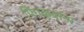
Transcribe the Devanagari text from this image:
पिंगळ्यांना